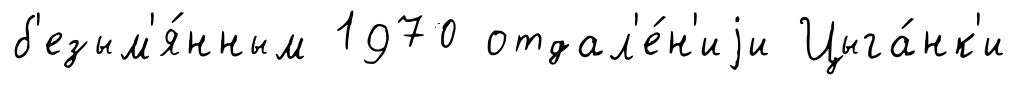
б'езым'я́нным 1970 отдал'е́н'иjи Цыга́нк'и